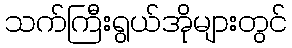
သက်ကြီးရွယ်အိုများတွင်